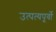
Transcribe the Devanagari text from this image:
उत्पत्यपूर्वो